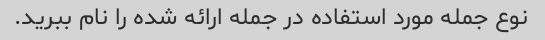
نوع جمله مورد استفاده در جمله ارائه شده را نام ببرید.